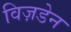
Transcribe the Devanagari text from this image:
विज़डेन